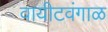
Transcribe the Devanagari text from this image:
वायीटवंगाळ